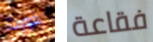
فورت فقاعة